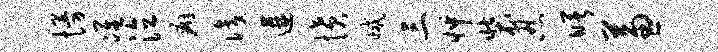
慢准泣癖识遘愤减三怦装忍曙兼